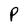
Character: P